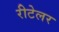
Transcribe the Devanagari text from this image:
रीटेलर